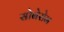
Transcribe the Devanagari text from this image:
सोबेरोन